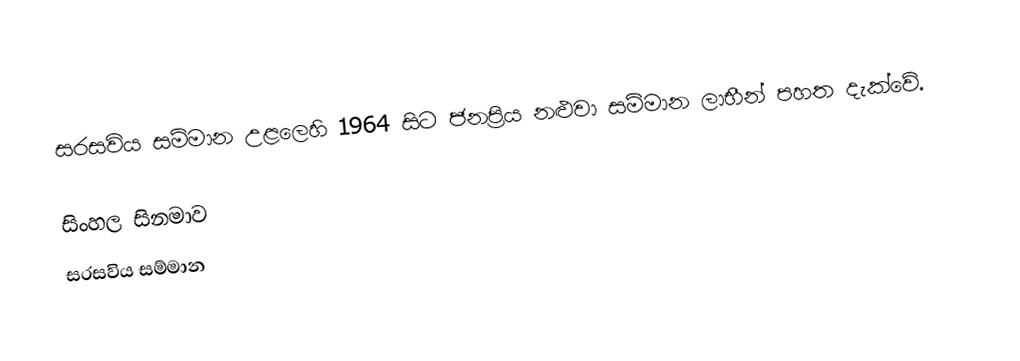
සරසවිය සම්මාන උළලෙහි 1964 සිට ජනප්‍රිය නළුවා සම්මාන ලාභීන් පහත දැක්වේ.

සිංහල සිනමාව
සරසවිය සම්මාන